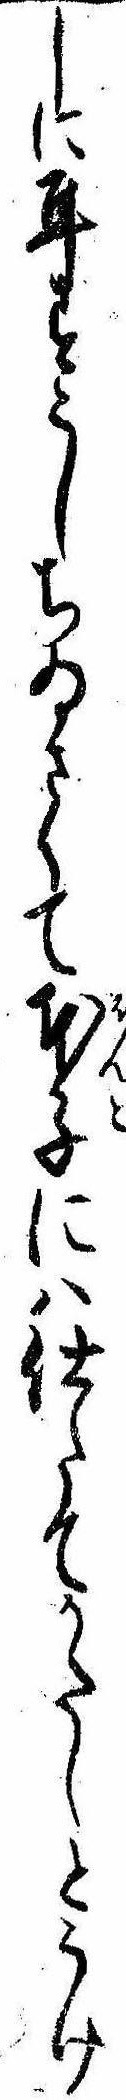
しに耳すこしちゐさくて本子には仕たてかたしとうけ